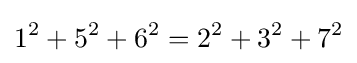
1^{2}+5^{2}+6^{2}=2^{2}+3^{2}+7^{2}